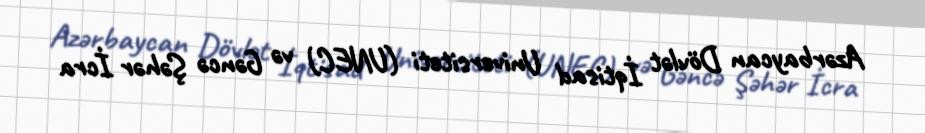
Azərbaycan Dövlət İqtisad Universiteti (UNEC) və Gəncə Şəhər İcra